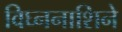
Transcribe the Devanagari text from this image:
विघ्ननाशिने